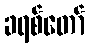
ခရစ်တော်